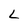
Character: L